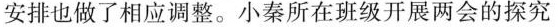
安排也做了相应调整。小秦所在班级开展两会的探究